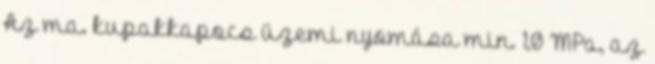
Az ma. kupakkapocs üzemi nyomása min. 1,0 MPa, az